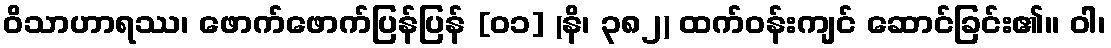
ဝိသာဟာရဿ၊ ဖောက်ဖောက်ပြန်ပြန် [၀၁] (နိ၊ ၃၈၂) ထက်ဝန်းကျင် ဆောင်ခြင်း၏။ ဝါ၊